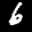
Label: 6